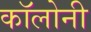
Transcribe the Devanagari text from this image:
काॅलोनी